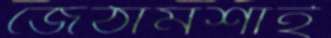
জেঠামশাই